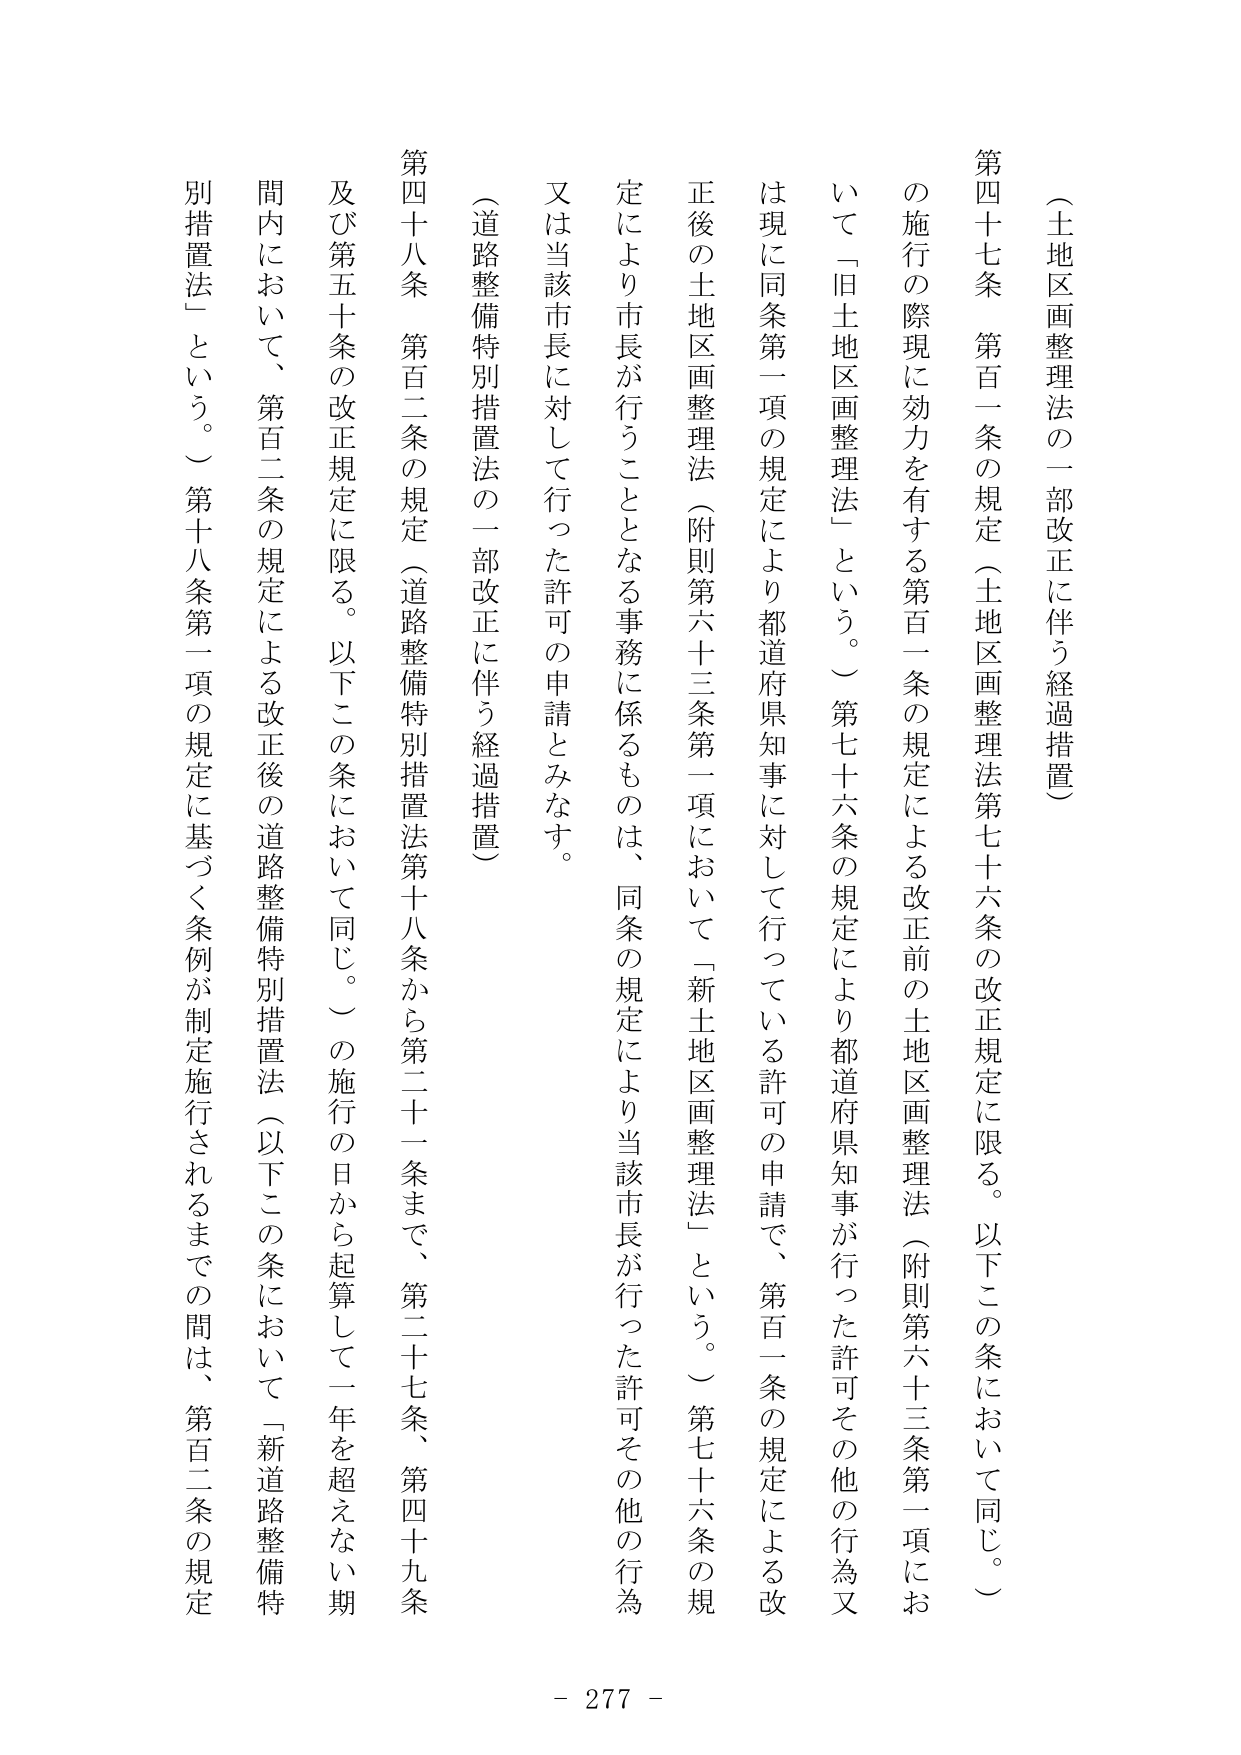
（土地区画整理法の一部改正に伴う経過措置）

第四十七条　第百一条の規定（土地区画整理法第七十六条の改正規定に限る。以下この条において同じ。）の施行の際現に効力を有する第百一条の規定による改正前の土地区画整理法（附則第六十三条第一項において「旧土地区画整理法」という。）第七十六条の規定により都道府県知事が行った許可その他の行為又は現に同条第一項の規定により都道府県知事に対して行っている許可の申請で、第百一条の規定による改正後の土地区画整理法（附則第六十三条第一項において「新土地区画整理法」という。）第七十六条の規定により市長が行うこととなる事務に係るものは、同条の規定により当該市長が行った許可その他の行為又は当該市長に対して行った許可の申請とみなす。

（道路整備特別措置法の一部改正に伴う経過措置）

第四十八条　第百二条の規定（道路整備特別措置法第十八条から第二十一条まで、第二十七条、第四十九条及び第五十条の改正規定に限る。以下この条において同じ。）の施行の日から起算して一年を超えない期間内において、第百二条の規定による改正後の道路整備特別措置法（以下この条において「新道路整備特別措置法」という。）第十八条第一項の規定に基づく条例が制定施行されるまでの間は、第百二条の規定

- 277 -